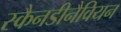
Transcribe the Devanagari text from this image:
स्कैनडीनैवियन